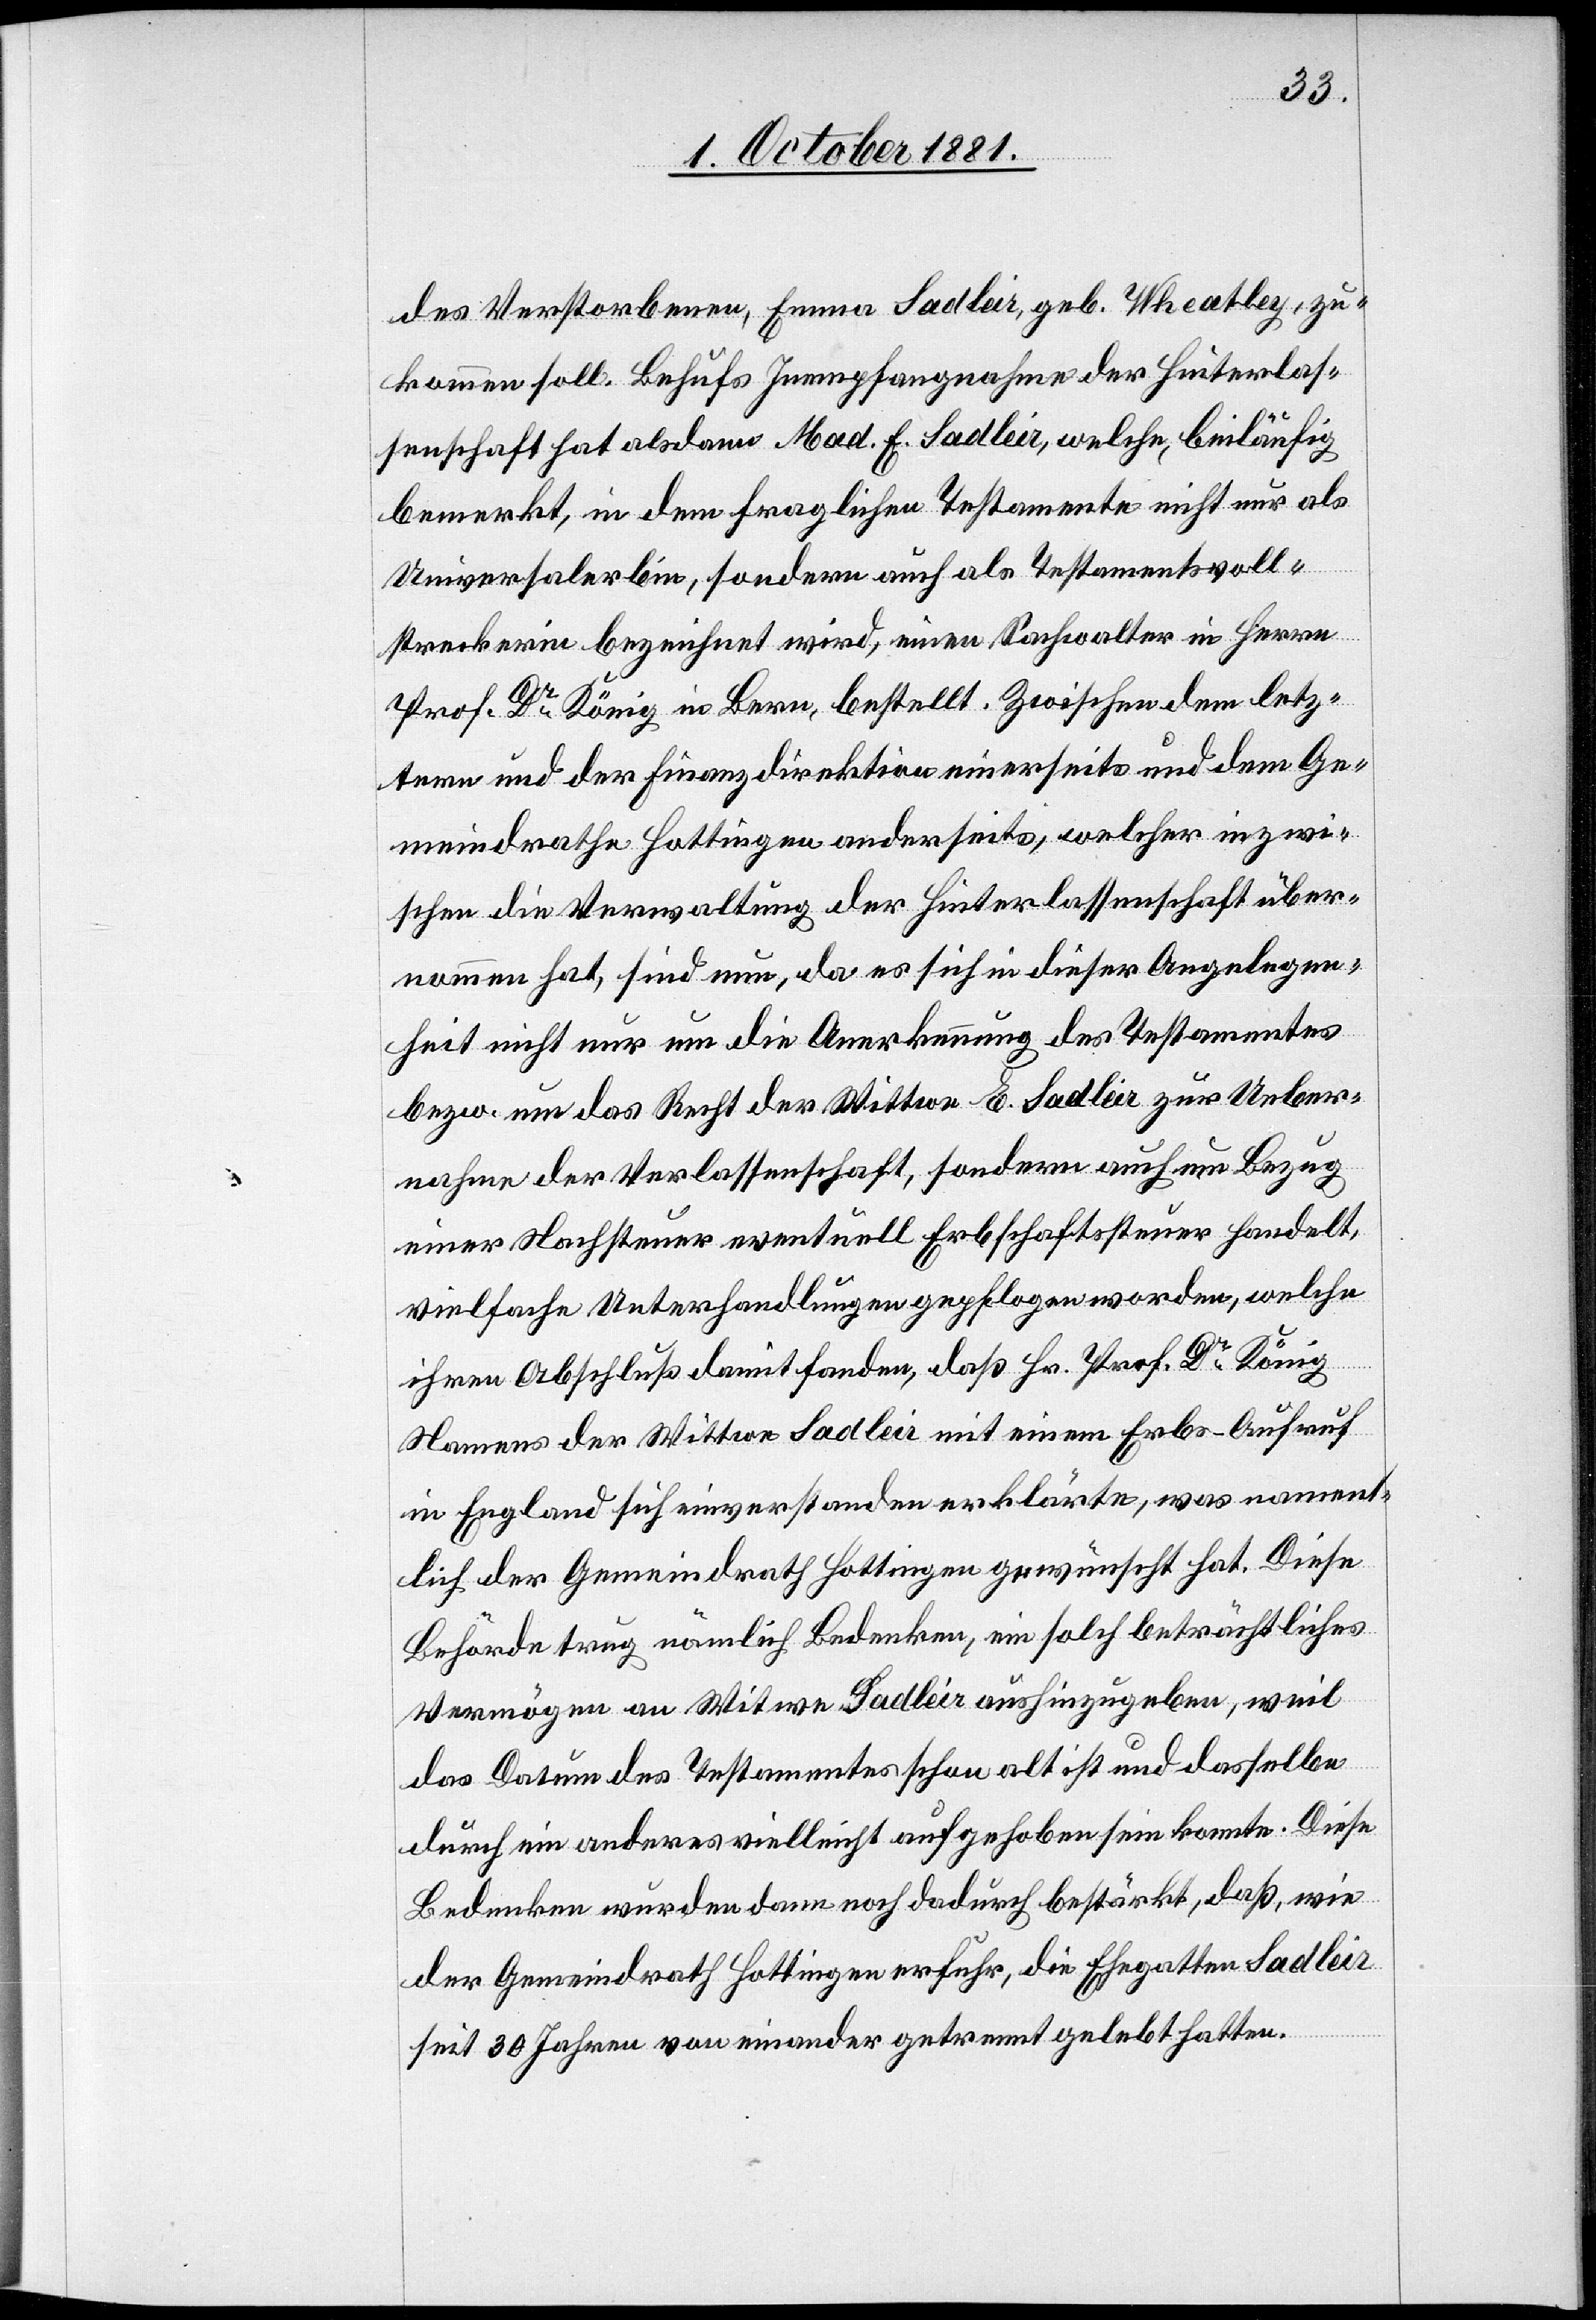
des Verstorbenen, Emma Sadleir, geb. Wheatley, zu¬
kommen soll. Behufs Inempfangnahme der Hinterlas¬
senschaft hat alsdann Mad. E. Sadleir [sic!], welche, beiläufig
bemerkt, in dem fraglichen Testamente nicht nur als
Universalerbin, sondern auch als Testamentsvoll¬
streckerin bezeichnet wird, einen Sachwalter in Herrn
Prof. Dr König in Bern, bestellt. Zwischen dem letz¬
tern und der Finanzdirektion einerseits und dem Ge¬
meindrathe Hottingen anderseits, welcher inzwi¬
schen die Verwaltung der Hinterlassenschaft über¬
nommen hat, sind nun, da es sich in dieser Angelegen¬
heit nicht nur um die Anerkennung des Testamentes
bezw. um das Recht der Wittwe E. Sadleir zur Ueber¬
nahme der Verlassenschaft, sondern auch um Bezug
einer Nachsteuer eventuell Erbschaftssteuer handelt,
vielfache Unterhandlungen gepflogen worden, welche
ihren Abschluß damit fanden, daß Hr. Prof. Dr König
Namens der Wittwe Sadleir mit einem Erbs-Aufruf
in England sich einverstanden erklärte, was nament¬
lich der Gemeindrath Hottingen gewünscht hat. Diese
Behörde trug nämlich Bedenken, ein solch beträchtliches
Vermögen an Witwe Sadleir aushinzugeben, weil
das Datum des Testamentes schon alt ist und dasselbe
durch ein anderes vielleicht aufgehoben sein konnte. Diese
Bedenken werden dann noch dadurch bestärkt, daß wie
der Gemeindrath Hottingen erfuhr, die Ehegatten Sadleir
seit 30 Jahren von einander getrennt gelebt hatten.